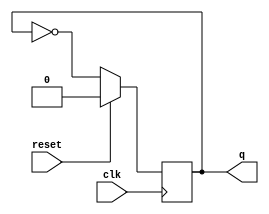
module tflipflop(q,clk,reset);
input clk,reset;
output reg q;
always @(negedge clk) begin
    if(reset)
    q<=1'b0;
    else
    q<=(~q);
end
endmodule

module fbitrip(q,clk,reset);
input clk,reset;
output [3:0]q;
tflipflop t0(q[0],clk,reset);
tflipflop t1(q[1],q[0],reset);
tflipflop t2(q[2],q[1],reset);
tflipflop t3(q[3],q[2],reset);
endmodule